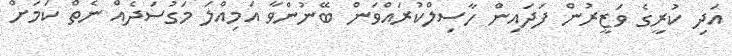
އަދި ކުރީގެ ވަޒީރުން ފަދައިން ހާސިލްކުރައްވަން ބޭނުންވާ އަމިއްލަ މަގުސަދެއް ނެތް ކަަމަށް